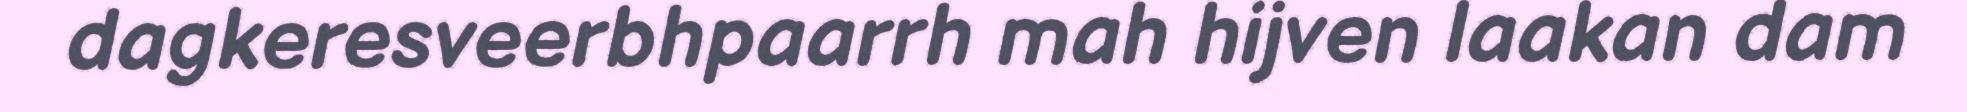
dagkeresveerbhpaarrh mah hijven laakan dam